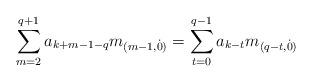
LaTeX: \begin{align*} \sum_{m=2}^{q+1} a_{k+m-1-q} m_{(m-1,\dot{0})} = \sum_{t=0}^{q-1} a_{k-t} m_{(q-t,\dot{0})}\end{align*}